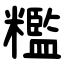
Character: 糮